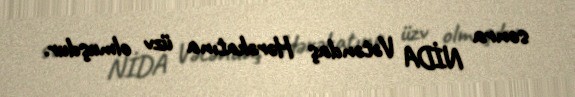
sonra NİDA Vətəndaş Hərəkatına üzv olmuşdur.